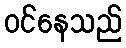
ဝင်နေသည်